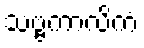
သဗ္ဗကာလိကံ